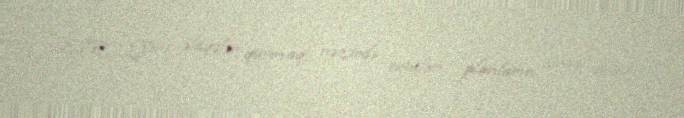
ŞİR - Yeni əlaqələr qurmaq, nəzərdə tutulan planların icrası üçün